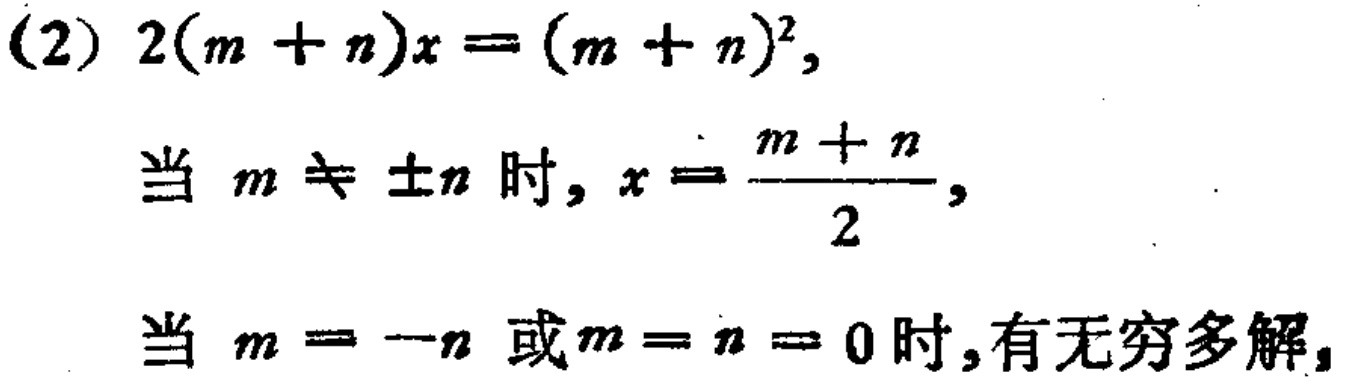
(2) \(2(m + n)x=(m + n)^2\),
当 \(m\neq\pm n\) 时, \(x = \frac{m + n}{2}\),
当 \(m = -n\) 或 \(m = n = 0\) 时,有无穷多解,